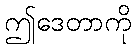
ဤဒေတာကို